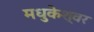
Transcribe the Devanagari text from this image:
मधुकेश्वर